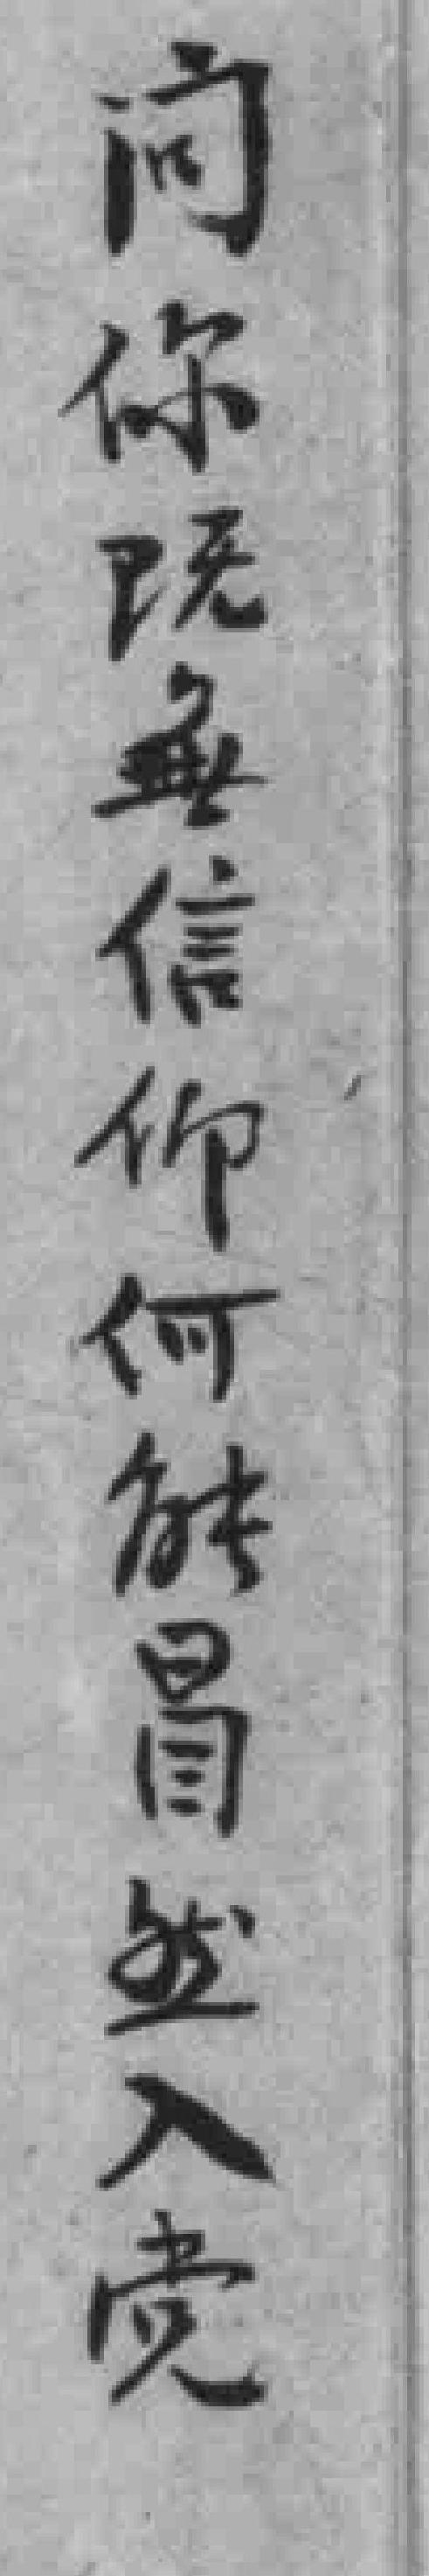
问你既無信仰何能冒然入党